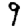
Digit: 9